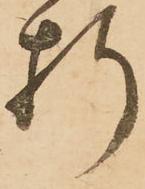
折